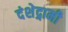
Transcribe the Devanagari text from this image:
दंशेद्गामी